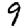
Digit: 9